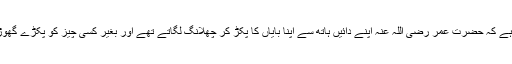
امام قرطبی نے تاریخ میں لکھا ہے کہ حضرت عمر رضی اللہ عنہ اپنے دائیں ہاتھ سے اپنا بایاں کا پکڑ کر چھلانگ لگاتے تھے اور بغیر کسی چیز کو پکڑے گھوڑے کی پیٹھ پر جا بیٹھتے تھے۔